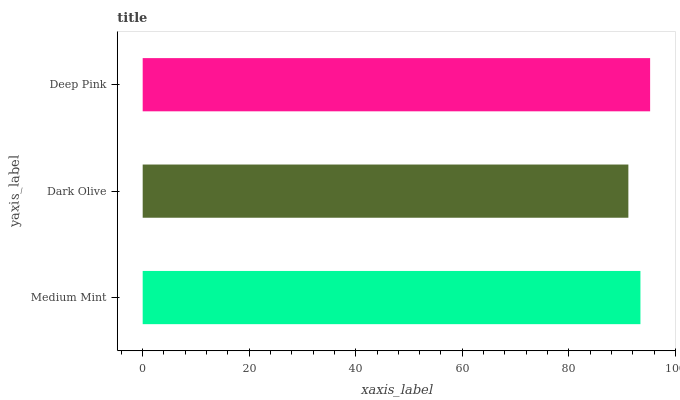
| yaxis_label | bars |
 | --- | --- |
 | Medium Mint | 93.5 |
 | Dark Olive | 91.2 |
 | Deep Pink | 95.3 |